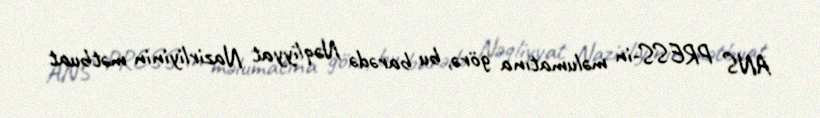
ANS PRESS-in məlumatına görə, bu barədə Nəqliyyat Nazirliyinin mətbuat